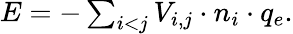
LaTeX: \begin{array}{r}{E=-\sum_{i<j}V_{i,j}\cdot n_{i}\cdot q_{e}.}\end{array}